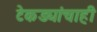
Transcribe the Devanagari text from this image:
टेकड्यांचाही